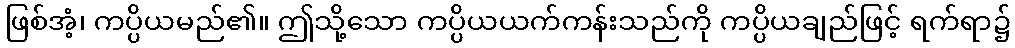
ဖြစ်အံ့၊ ကပ္ပိယမည်၏။ ဤသို့သော ကပ္ပိယယက်ကန်းသည်ကို ကပ္ပိယချည်ဖြင့် ရက်ရာ၌